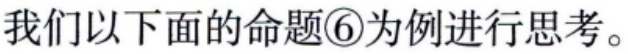
我们以下面的命题\textcircled{6}为例进行思考。